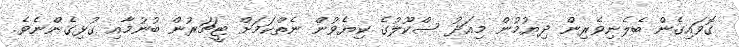
ގޮވައިގެން ބެލެނިވެރިން ދިޔުމުން މިއަދު ސްކޫލުގެ ކިޔެވުން ނެތްކަމަށް ޓީޗަރުން ބުނުމާއި ގުޅިގެންނެވެ.